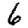
Digit: 6